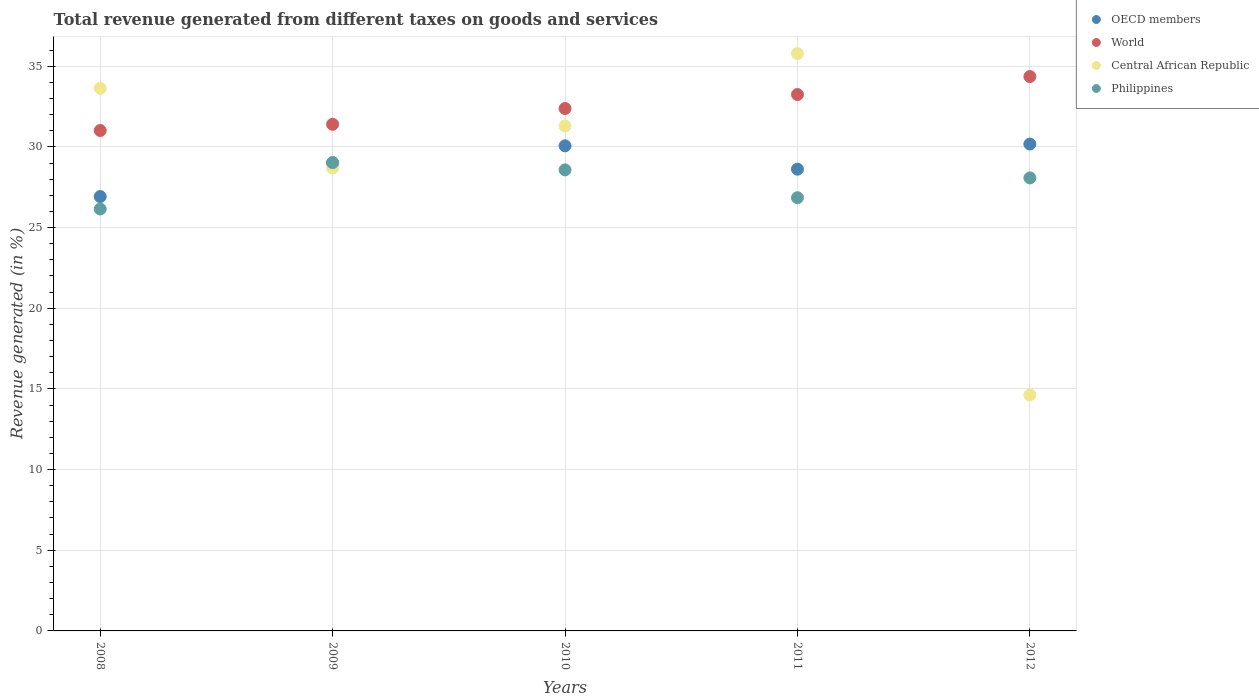
| Years | OECD members | World | Central African Republic | Philippines |
 | --- | --- | --- | --- | --- |
 | 2008 | 26.9 | 31 | 33.6 | 26.2 |
 | 2009 | 29 | 31.4 | 28.7 | 29 |
 | 2010 | 30.1 | 32.4 | 31.3 | 28.6 |
 | 2011 | 28.6 | 33.2 | 35.8 | 26.8 |
 | 2012 | 30.2 | 34.4 | 14.6 | 28.1 |